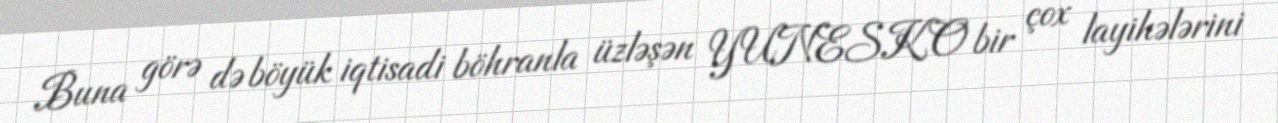
Buna görə də böyük iqtisadi böhranla üzləşən YUNESKO bir çox layihələrini